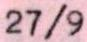
27/9